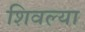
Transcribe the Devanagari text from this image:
शिवल्या